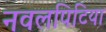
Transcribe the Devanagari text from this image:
नवलपिटिया